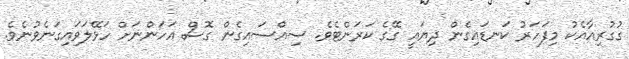
ގުގުރިއާއެކު މިފަހަރު ކަނޑައިގެން ދިޔައީ ގޭގެ ކަރަންޓެވެ. ސިއްސައިގެން ގޮސް އަހަންނަށް ހަޅޭލަވައިގަނެވުނެވެ.